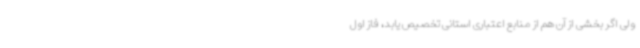
ولی اگر بخشی از آن هم از منابع اعتباری استانی تخصیص یابد، فاز اول